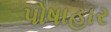
પોષાહાર